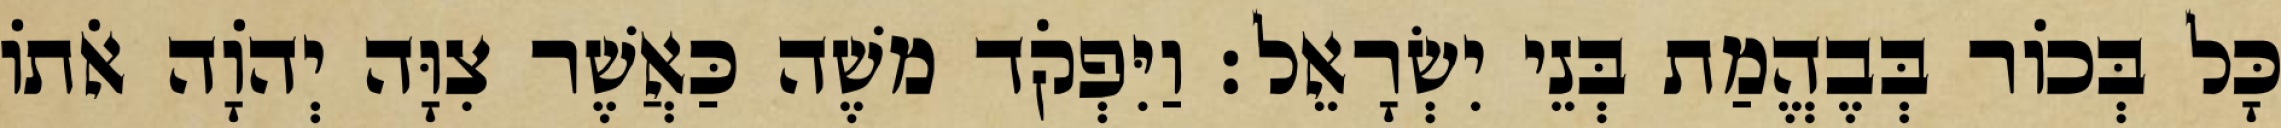
כָּל בְּכוֹר בְּבֶהֱמַת בְּנֵי יִשְׂרָאֵל׃ וַיִּפְקֹד משֶׁה כַּאֲשֶׁר צִוָּה יְהוָֹה אֹתוֹ